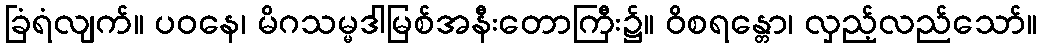
ခြံရံလျက်။ ပဝနေ၊ မိဂသမ္မဒါမြစ်အနီးတောကြီး၌။ ဝိစရန္တော၊ လှည့်လည်သော်။